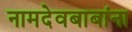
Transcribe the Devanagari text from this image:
नामदेवबाबांना